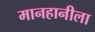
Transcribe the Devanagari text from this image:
मानहानीला